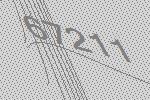
67211